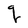
Character: q